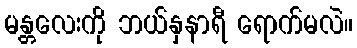
မန္တလေးကို ဘယ်နှနာရီ ရောက်မလဲ။